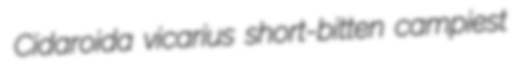
Cidaroida vicarius short-bitten campiest